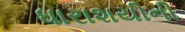
ધારાશયીની